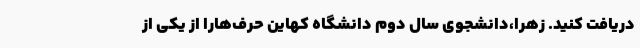
دریافت کنید. زهرا،دانشجوی سال دوم دانشگاه کهاین حرف‌هارا از یکی از